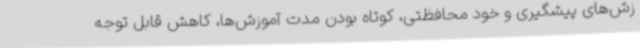
زش‌های پیشگیری و خود محافظتی، کوتاه بودن مدت آموزش‌ها، کاهش قابل توجه